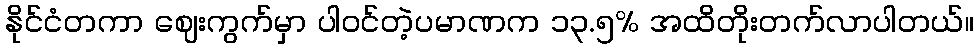
နိုင်ငံတကာ ဈေးကွက်မှာ ပါဝင်တဲ့ပမာဏက ၁၃.၅% အထိတိုးတက်လာပါတယ်။